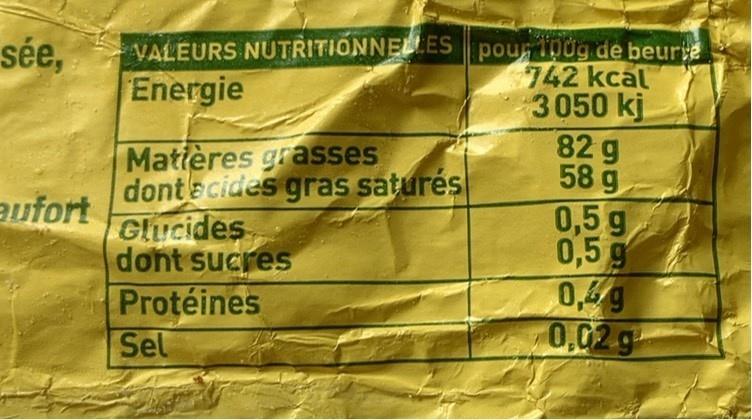
VALEURS NUTRITIONNELLES pour p0g de beurte 742 kcal 3050 kj 82 g 58 g 0,5 g 0,5 g 0,4g 0,02 g
sée,
Energie
Matières grasses dontecides gras saturés Glucides dont sucres Protéines Sel
aufort